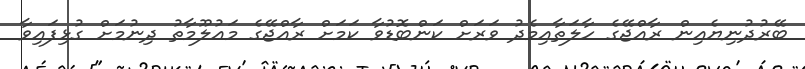
ބޭރުދުނިޔެއިން ރާއްޖޭގެ ހާލަތާއިމެދު ވަރަށް ކަންބޮޑުވާ ކަމަށް ރާއްޖޭގެ މައުލޫމާތު ދިނުމަށް ގުޅިފައިވާ